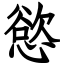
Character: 慾